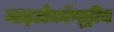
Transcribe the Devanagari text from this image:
माइटोकॉण्ड्रीय